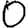
Digit: 0